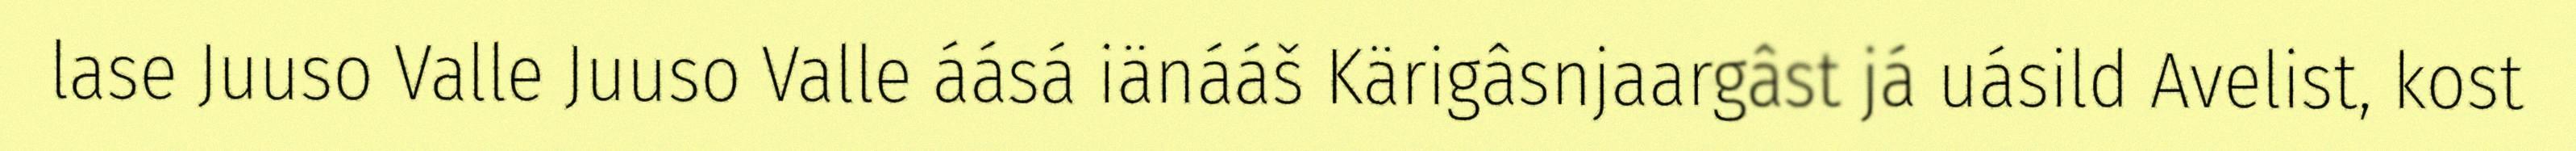
lase Juuso Valle Juuso Valle áásá iänááš Kärigâsnjaargâst já uásild Avelist, kost